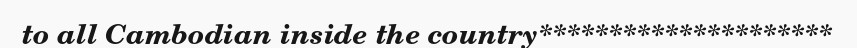
to all Cambodian inside the country*********************